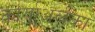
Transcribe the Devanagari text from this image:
कार्याअलका